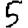
Digit: 5